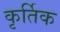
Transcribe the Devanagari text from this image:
कृर्तिक